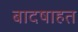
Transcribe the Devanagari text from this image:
बादषाहत